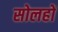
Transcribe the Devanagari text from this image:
सोलहों